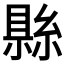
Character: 𬗫